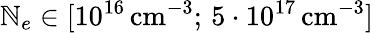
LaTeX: \mathbb{N}_{e}\in[10^{16}\, \textrm{{cm}}^{-3};\, 5\cdot10^{17}\, \textrm{{cm}}^{-3}]